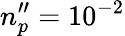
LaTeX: n_{p}^{\prime\prime}=10^{-2}